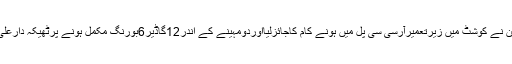
اس موقع پر ایم پی اے سیدسردارحسین نے کوشٹ میں زیرتعمیرآرسی سی پل میں ہونے کام کاجائزلیااوردومہینے کے اندر12گاڈیر6بورنگ مکمل ہونے پرٹھیکہ دارعلی اصغرکی کام کوتسلی بخش قراردیا۔